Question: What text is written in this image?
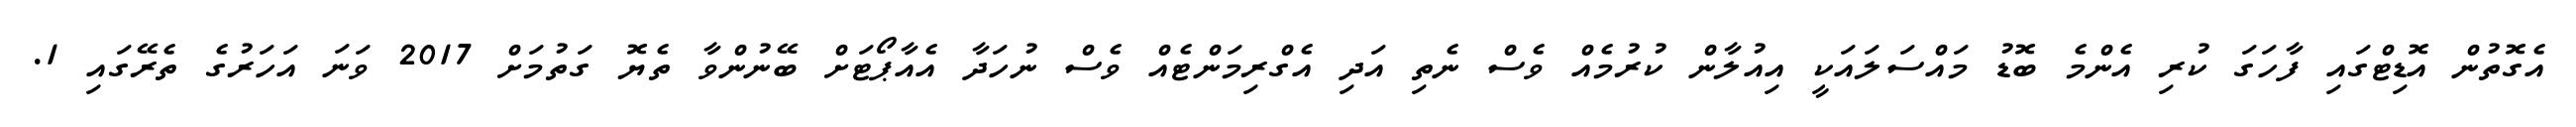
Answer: އެގޮތުން އޮޑިޓްގައި ފާހަގަ ކުރި އެންމެ ބޮޑު މައްސަލައަކީ އިއުލާން ކުރުމެއް ވެސް ނެތި އަދި އެގްރިމަންޓެއް ވެސް ނުހަދާ އެއާޕޯޓަށް ބޭނުންވާ ތެޔޮ ގަތުމަށް 2017 ވަނަ އަހަރުގެ ތެރޭގައި 1.